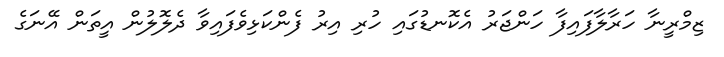
ޒިމްރީނާ ހަރާލާފައިފާ ހަންޖަރު އެކޮނޑުގައި ހުރި އިރު ފެންކަޅިވެފައިވާ ދެލޮލުން އީތަން އޭނަގެ